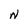
Character: N